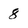
Character: 8